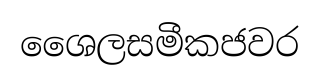
ශෛලසමීකජවර